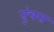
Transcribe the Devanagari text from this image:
तुंचत्त